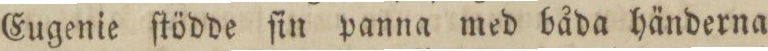
Eugenie ſtödde ſin panna med båda händerna